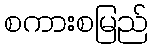
စကားစမြည်